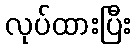
လုပ်ထားပြီး